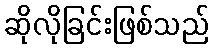
ဆိုလိုခြင်းဖြစ်သည်